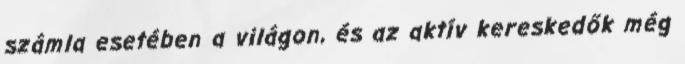
számla esetében a világon, és az aktív kereskedők még